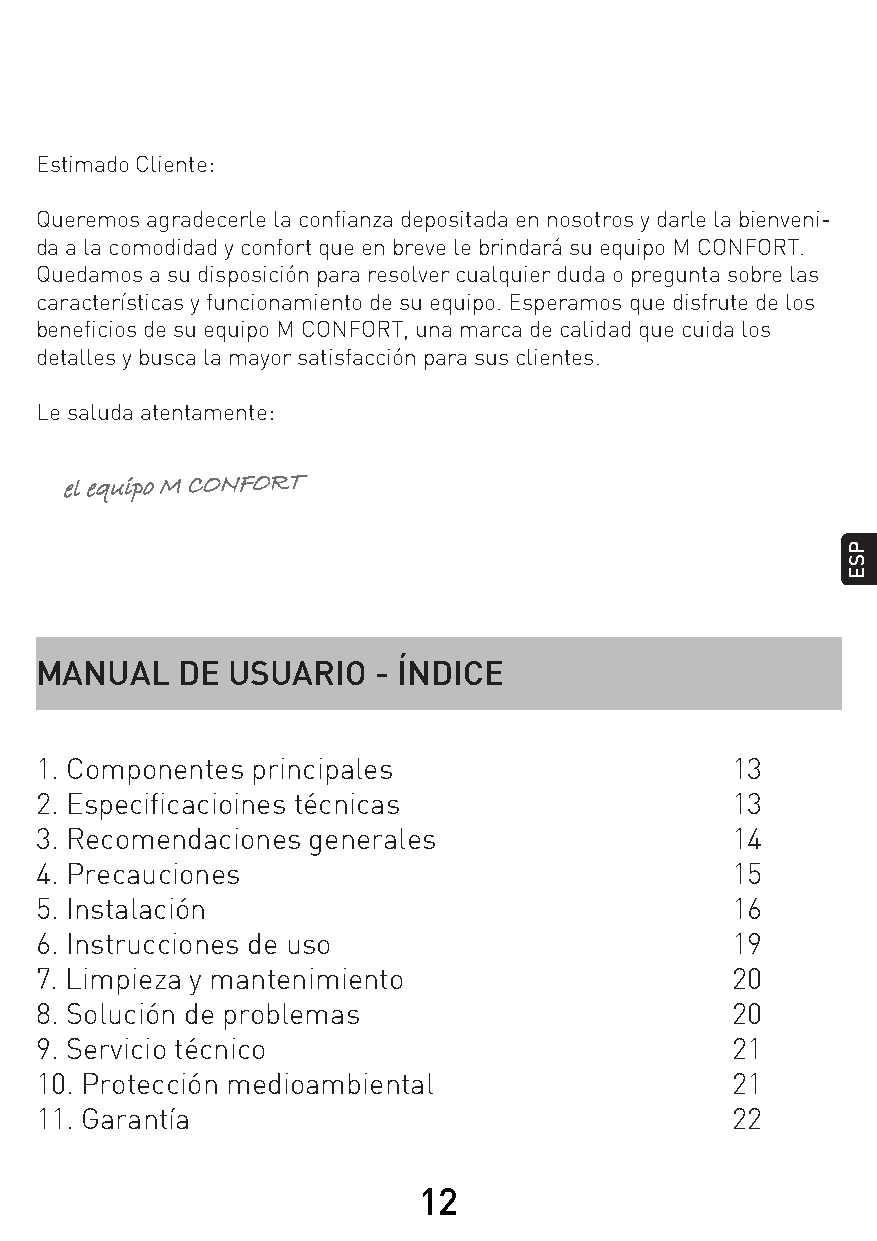
Estimado Cliente:
 Queremos agradecerle la confianza depositada en nosotros y darle la bienveni-
 da a la comodidad y confort que en breve le brindará su equipo M CONFORT.
 Quedamos a su disposición para resolver cualquier duda o pregunta sobre las
 características y funcionamiento de su equipo. Esperamos que disfrute de los
 beneficios de su equipo M CONFORT, una marca de calidad que cuida los
 detalles y busca la mayor satisfacción para sus clientes.
 Le saluda atentamente:
 MANUAL    DE USUARIO   - ÍNDICE
 1. Componentes principales                    13
 2. Especificacioines técnicas                 13
 3. Recomendaciones generales                  14
 4. Precauciones                               15
 5. Instalación                                16
 6. Instrucciones de uso                       19
 7. Limpieza y mantenimiento                   20
 8. Solución de problemas                      20
 9. Servicio técnico                           21
 10. Protección medioambiental                 21
 11. Garantía                                  22
 12
 ee ll e e qq uu ii pp oo MM CC OO NN FF OO RR TT